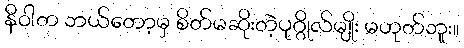
နိဝါတ ဘယ်တော့မှ စိတ်မဆိုးတဲ့ပုဂ္ဂိုလ်မျိုး မဟုတ်ဘူး။